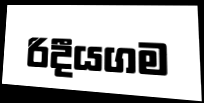
රිදීයගම